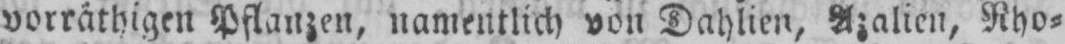
vorräthigen Pflanzen, namentlich von Dahlien, Azalien, Rho⸗